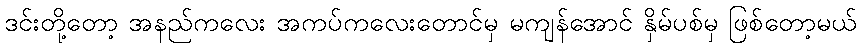
ဒင်းတို့တော့ အနည်ကလေး အကပ်ကလေးတောင်မှ မကျန်အောင် နှိမ်ပစ်မှ ဖြစ်တော့မယ်